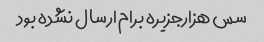
سس هزارجزیره برام ارسال نشده بود